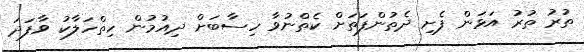
ތުރު ތުރު އަޅަން ފެށި ދެތުންފަތަށް ކެތްނުވާ ހިސާބަށް ދިއުމުން ހިތްހަލާކު ވާފަދަ